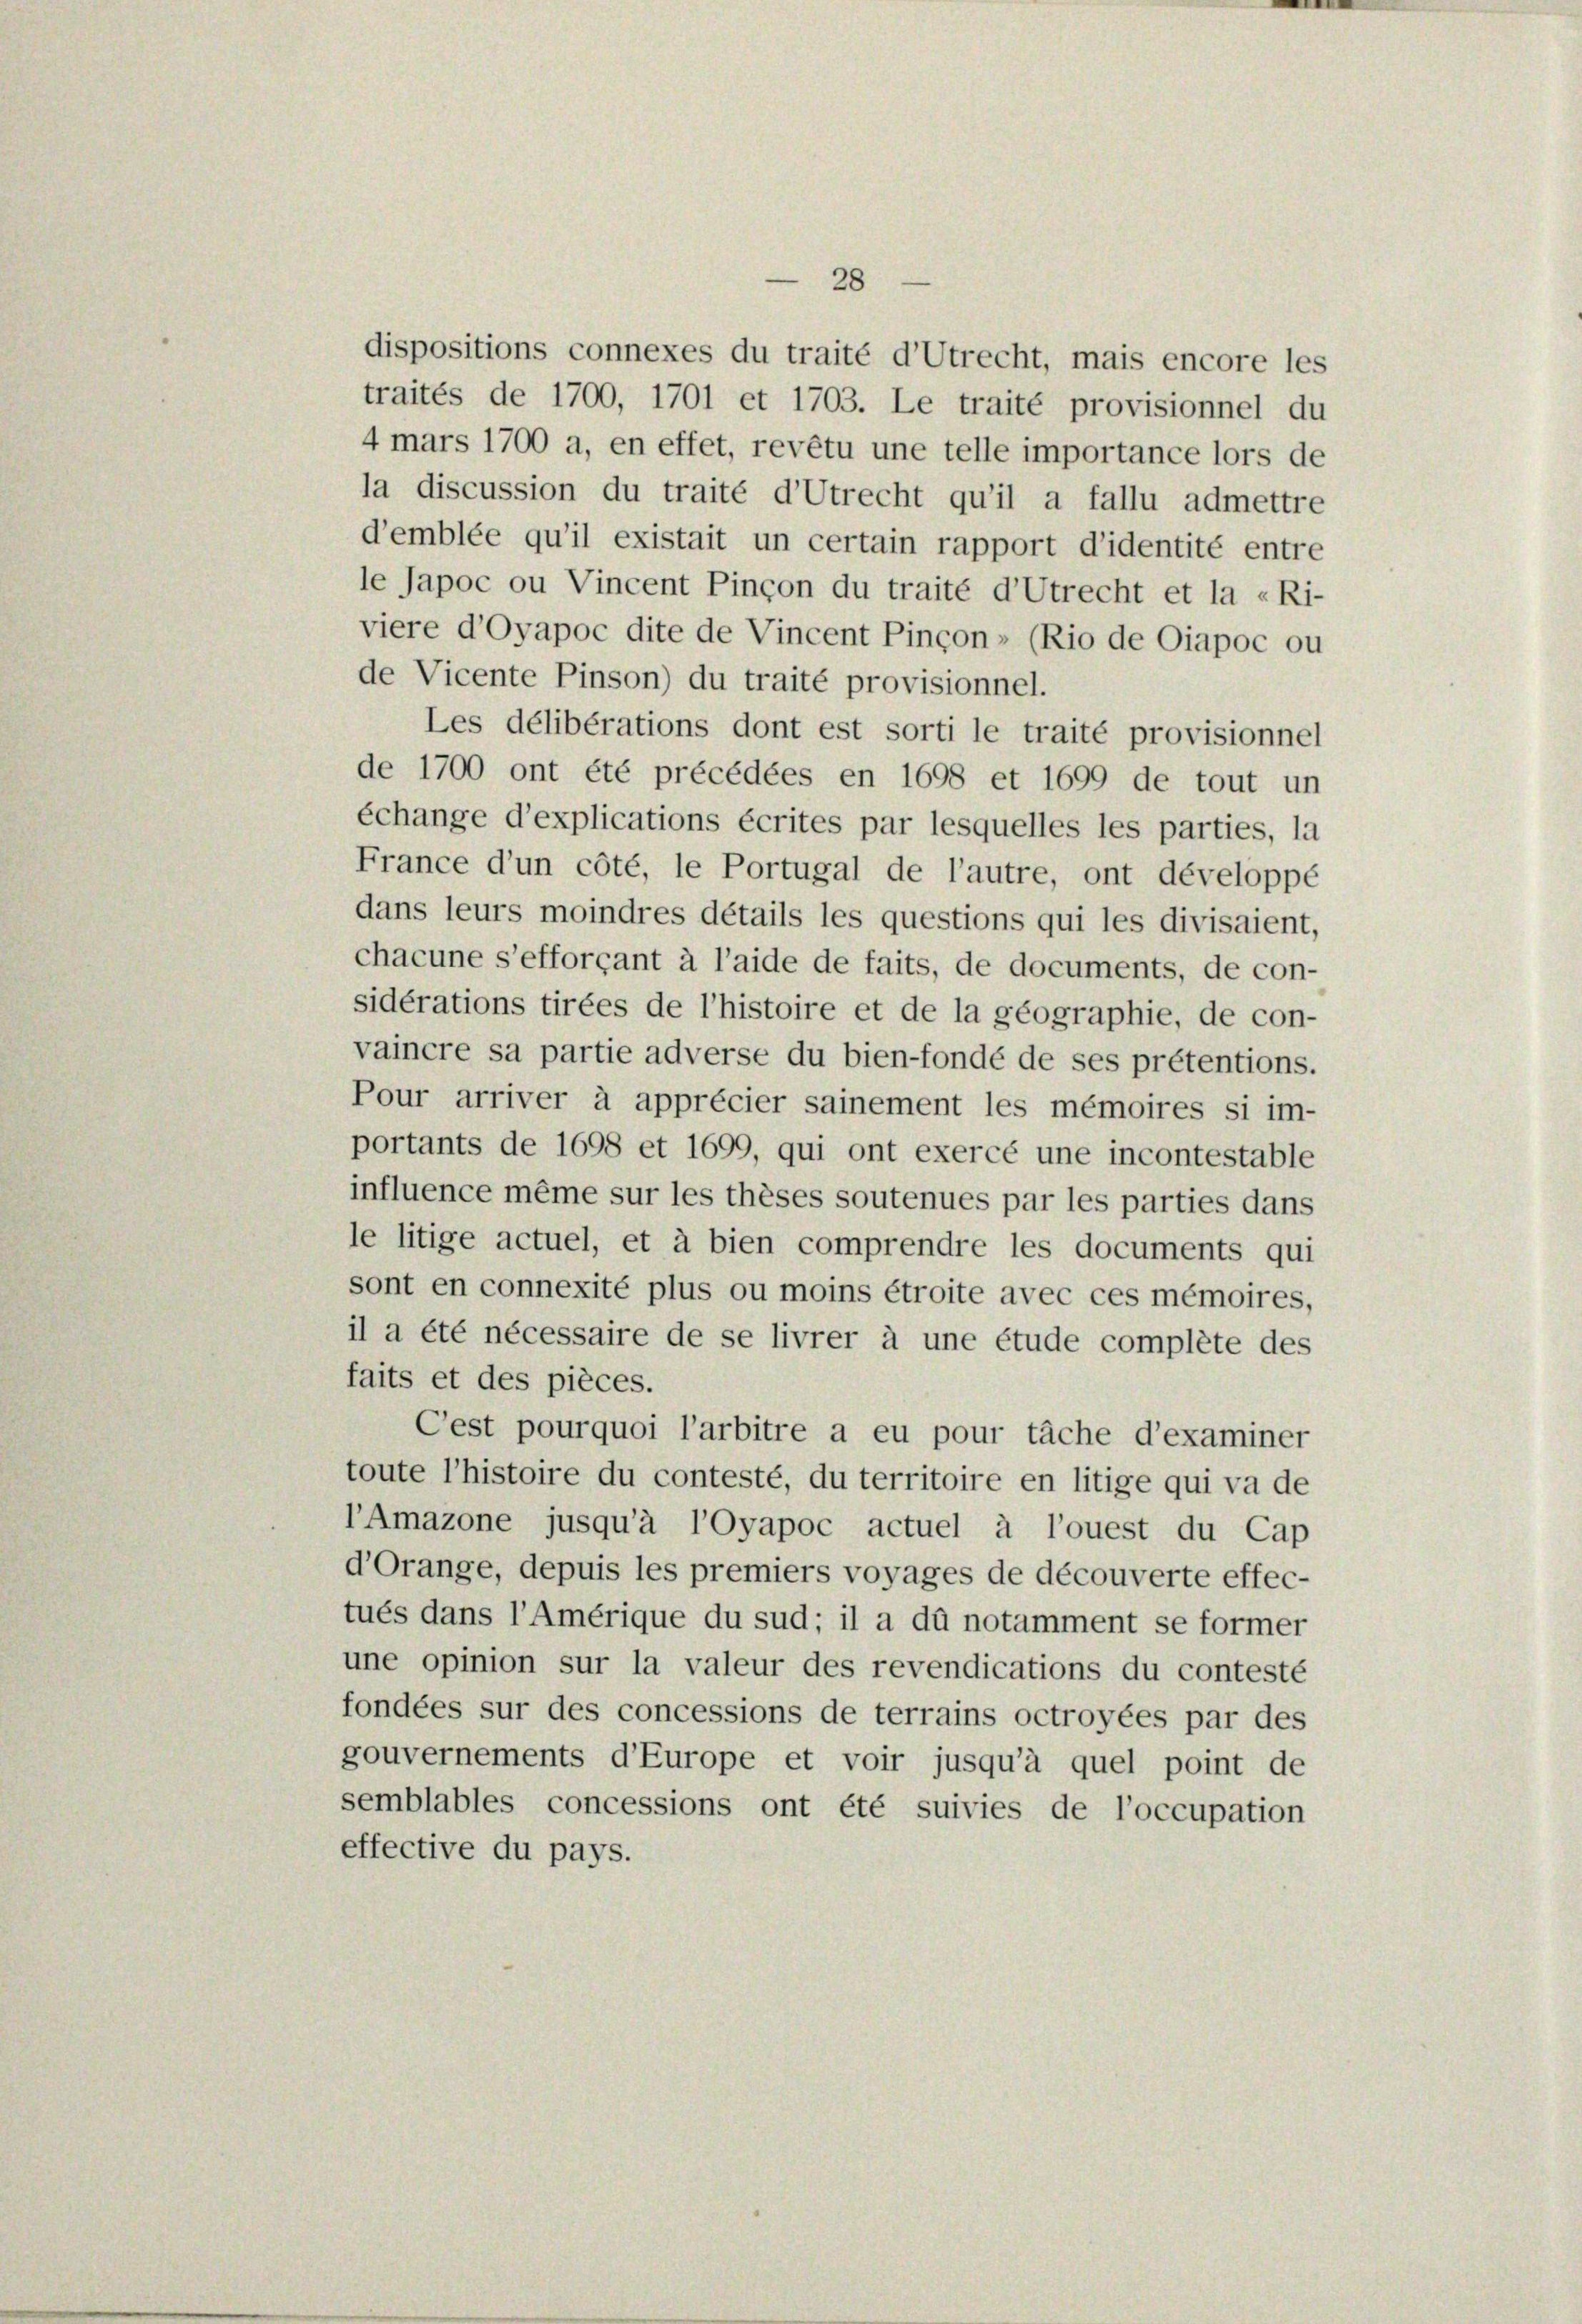
28
dispositions connexes du traité d’Utrecht, mais encore le
traités de 1700, 1701 et 1703. Le traité provisionnel d
4 mars 1700 a, en effet, revêtu une telle importance lors d
la discussion du traité d’Utrecht qu’il a fallu admettr
d’emblée qu’il existait un certain rapport d’identité entr
le Japoc ou Vincent Pinçon du traité d’Utrecht et la «Ri-
viere d’Oyapoc dite de Vincent Pinçon» (Rio de Oiapoc or
de Vicente Pinson) du traité provisionnel.
Les délibérations dont est sorti le traité provisionne
de 1700 ont été précédées en 1698 et 1699 de tout un
échange d’explications écrites par lesquelles les parties, le
France d’un côté, le Portugal de l’autre, ont développe
dans leurs moindres détails les questions qui les divisaient
chacune s’efforçant à l’aide de faits, de documents, de con-
sidérations tirées de l’histoire et de la géographie, de con-
vaincre sa partie adverse du bien-fondé de ses prétentions.
Pour arriver à apprécier sainement les mémoires si im-
portants de 1698 et 1699, qui ont exercé une incontestable
influence même sur les thèses soutenues par les parties dans
le litige actuel, et à bien comprendre les documents qui
sont en connexité plus ou moins étroite avec ces mémoires,
il a été nécessaire de se livrer à une étude complete des
faits et des pièces.
Cest pourquoi l’arbitre a eu pour tache d’examiner
toute l’histoire du contesté, du territoire en litige qui va de
l’Amazone jusqu’à l’Oyapoc actuel à l’ouest du Cap
d’Orange, depuis les premiers voyages de découverte effec-
tués dans l’Amérique du sud; il a dû notamment se former
une opinion sur la valeur des revendications du contesté
fondées sur des concessions de terrains octroyées par des
gouvernements d’Europe et voir jusqu’à quel point de
semblables concessions ont été suivies de l’occupation
effective du pays.

5
.